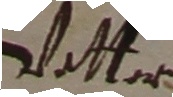
Vatter